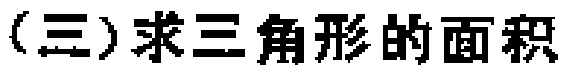
(三)求三角形的面积